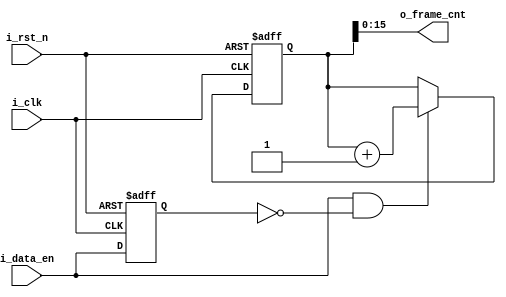
// Description        : 
//  counter of frame
module frame_cnt (
    input               i_rst_n        //the external async reset, reset all the internal modules
    ,input              i_clk        //clock
    ,input              i_data_en        //data en
    ,output [15:0]      o_frame_cnt    

);	
	(* preserve *) reg r_data_en_d1 /*synthesis keep*/;
	always @ (posedge i_clk or negedge i_rst_n)
	begin
	   if (!i_rst_n)
		   r_data_en_d1 <= 1'd0;
	   else begin
		   r_data_en_d1 <= i_data_en;
	   end
	end
   
	(* keep *) reg [31:0] r_frame_cnt /* synthesis preserve */;
	always @ (posedge i_clk or negedge i_rst_n)
	begin
	   if (!i_rst_n)
		   r_frame_cnt <= 16'd0;
	   else begin
		   if ( i_data_en == 1'b1 && r_data_en_d1 == 1'b0) begin // posedge of sof
			   r_frame_cnt <= r_frame_cnt + 1'b1;
		   end
	   end
	end
	assign o_frame_cnt = r_frame_cnt;

endmodule